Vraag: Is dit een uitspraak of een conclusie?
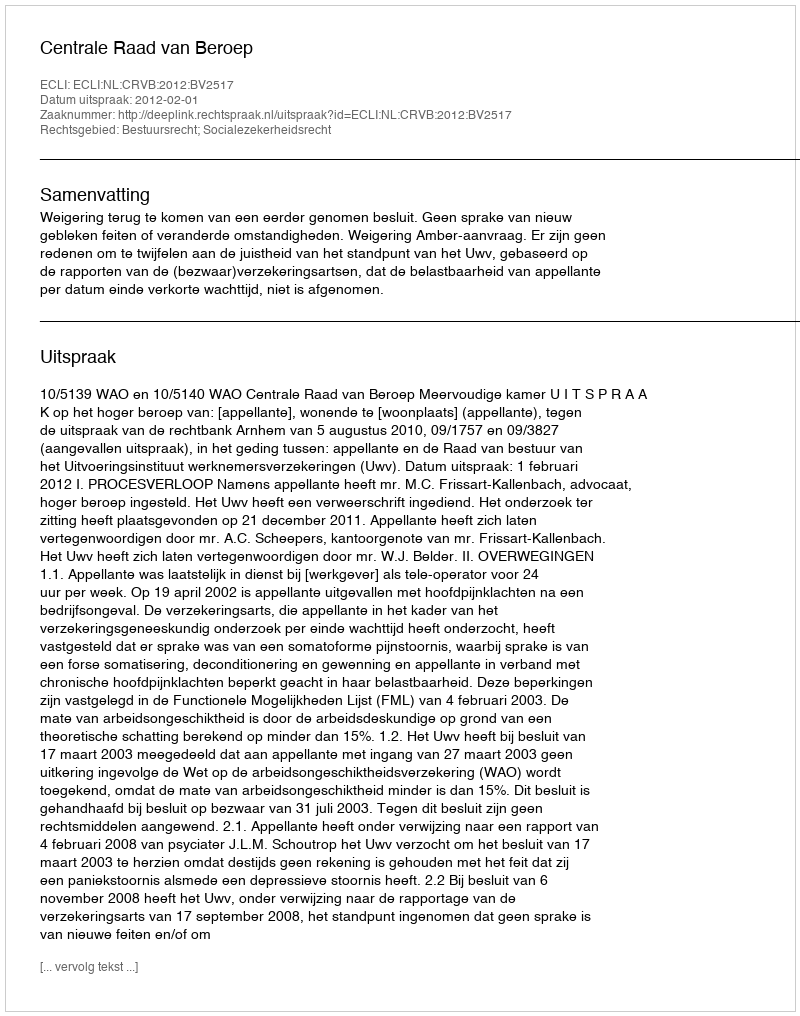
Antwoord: Uitspraak